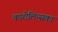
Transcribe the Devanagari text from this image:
कारोलिन्सका